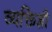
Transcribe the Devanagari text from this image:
व्यक्तिशी